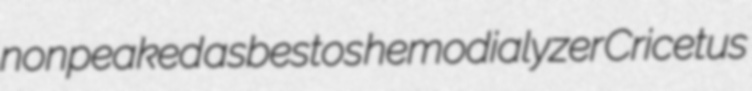
nonpeaked asbestos hemodialyzer Cricetus